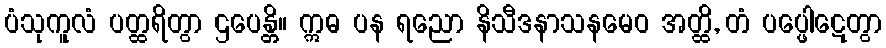
ပံသုကူလံ ပတ္ထရိတွာ ဌပေန္တိ။ ဣဓ ပန ရညော နိသီဒနာသနမေဝ အတ္ထိ, တံ ပပ္ဖေါဋေတွာ